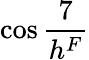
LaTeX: \cos\frac{7}{h^{F}}